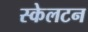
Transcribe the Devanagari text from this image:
स्केलटन